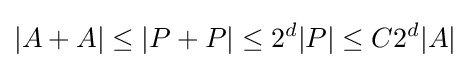
|A+A|\leq |P+P|\leq 2^{d}|P|\leq C2^{d}|A|